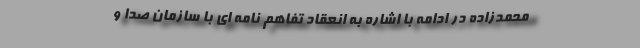
محمدزاده در ادامه با اشاره به انعقاد تفاهم نامه ای با سازمان صدا و